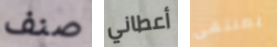
صنف أعطاني بمنتهى